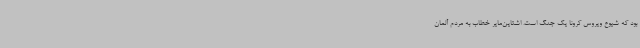
بود که شیوع ویروس کرونا یک جنگ است. اشتاین‌مایر خطاب به مردم آلمان